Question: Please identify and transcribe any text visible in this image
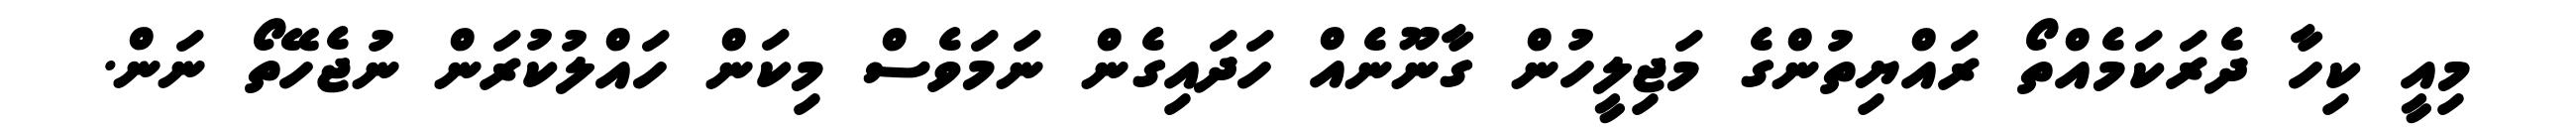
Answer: މިއީ ކިހާ ދެރަކަމެއްތޯ ރައްޔިތުންގެ މަޖިލީހުން ގާނޫނެއް ހަދައިގެން ނަމަވެސް މިކަން ހައްލުކުރަން ނުޖެހޭތޯ ނަން.